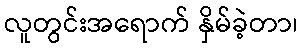
လူတွင်းအရောက် နှိမ်ခဲ့တာ၊